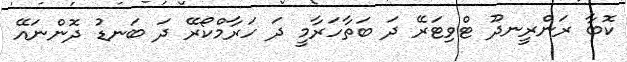
ކޮބާ ރަންރީނދޫ ޓްވިޓަރޭ ދަ ބަތާހަރާމީ ދަ ހަރާމްކޯރޭ ދަ ބަނޑު ދޮންނައޭ